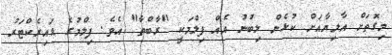
މިގޮތަށް އާލިޔާއަށް ކުޅެން ލިބުނު އެއް ފިލްމަކީ "ރާބްތާ" އެވެ. ފިލްމުގެ ޑައިރެކްޓަރު